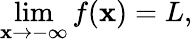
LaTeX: \operatorname*{lim}_{\mathbf{x}\to-\infty}f(\mathbf{x})=L,